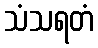
သံသရတံ